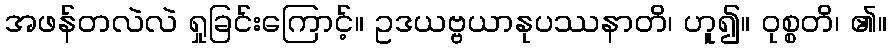
အဖန်တလဲလဲ ရှုခြင်းကြောင့်။ ဥဒယဗ္ဗယာနုပဿနာတိ၊ ဟူ၍။ ဝုစ္စတိ၊ ၏။